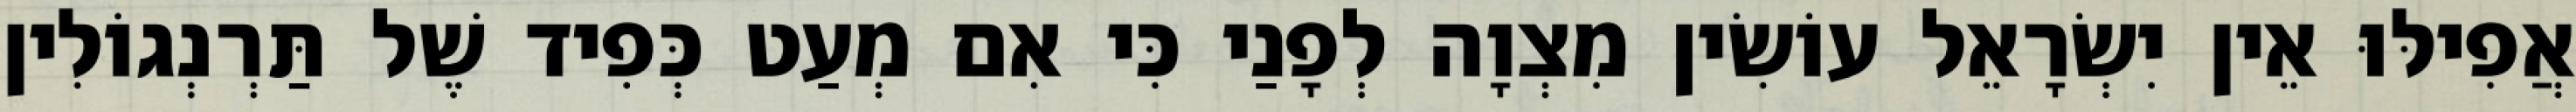
אֲפִילּוּ אֵין יִשְׂרָאֵל עוֹשִׂין מִצְוָה לְפָנַי כִּי אִם מְעַט כְּפִיד שֶׁל תַּרְנְגוֹלִין